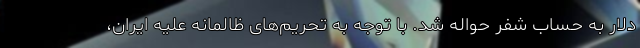
دلار به حساب شفر حواله شد. با توجه به تحریم‌های ظالمانه علیه ایران،